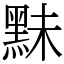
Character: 䵢